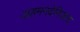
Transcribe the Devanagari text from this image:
अहमनदेनिजाद